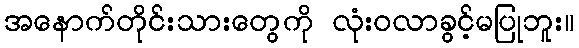
အနောက်တိုင်းသားတွေကို လုံးဝလာခွင့်မပြုဘူး။